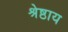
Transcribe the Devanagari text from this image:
श्रेष्ठाय